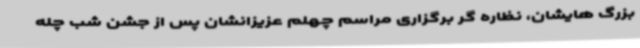
بزرگ هایشان، نظاره گر برگزاری مراسم چهلم عزیزانشان پس از جشن شب چله